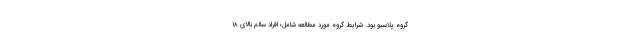
گروه پلاسبو بود. شرایط گروه مورد مطالعه شامل؛ افراد سالم بالای ۱۸